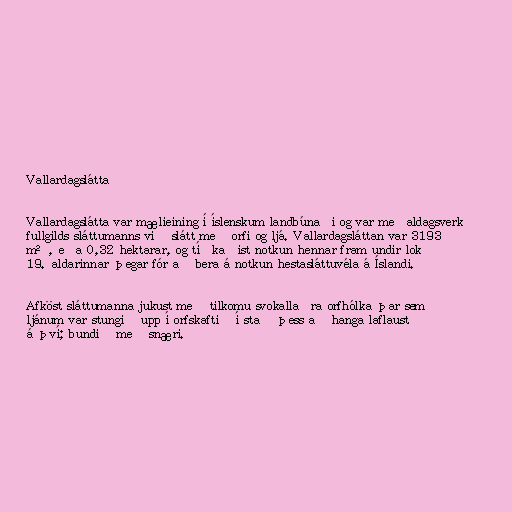
Vallardagslátta

Vallardagslátta var mælieining í íslenskum landbúnaði og var meðaldagsverk
fullgilds sláttumanns við slátt með orfi og ljá. Vallardagsláttan var 3193
m², eða 0,32 hektarar, og tíðkaðist notkun hennar fram undir lok
19. aldarinnar þegar fór að bera á notkun hestasláttuvéla á Íslandi.

Afköst sláttumanna jukust með tilkomu svokallaðra orfhólka þar sem
ljánum var stungið upp í orfskaftið í stað þess að hanga laflaust
á því; bundið með snæri.